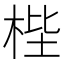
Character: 梐